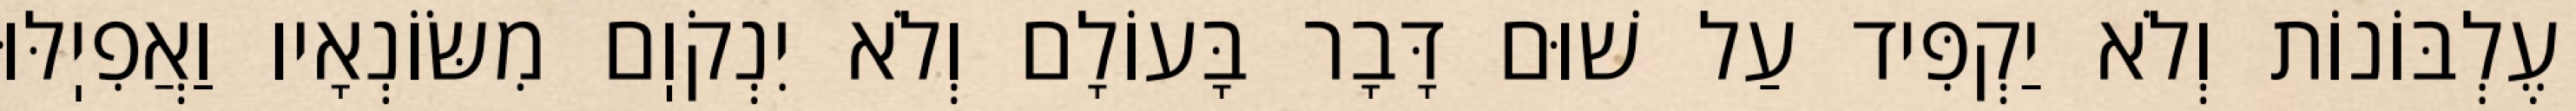
עֶלְבּוֹנוֹת וְלֹא יַקְפִּיד עַל שׁוּם דָּבָר בָּעוֹלָם וְלֹא יִנְקֹוֽם מִשּׂוֹנְאָיו וַאֲפִיֽלּוּ